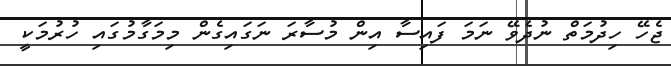
ޖެހޭ ހިދުމަތް ނުދެވޭ ނަމަ ފައިސާ އިން މުސާރަ ނަގައިގެން މިމަގާމުގައި ހުރުމަކީ